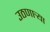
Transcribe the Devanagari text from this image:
उठणार्‍या